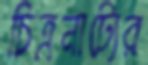
চিত্রনাট্যের